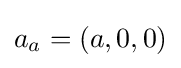
a_{a}=(a,0,0)